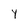
Character: y